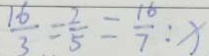
\frac { 1 6 } { 3 } = \frac { 2 } { 5 } = \frac { 1 6 } { 7 } : x